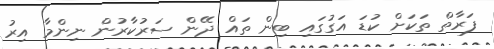
ފަރާތް ތަކަށް ކުޑަ އަގުގައި ބިން ތައް ދޭން ސަރުކާރުން ނިންމާ އިރު